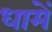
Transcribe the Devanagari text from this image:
धामें